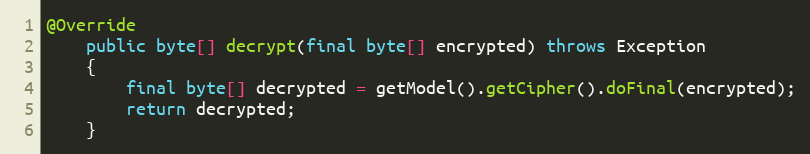
Language: Java
@Override
	public byte[] decrypt(final byte[] encrypted) throws Exception
	{
		final byte[] decrypted = getModel().getCipher().doFinal(encrypted);
		return decrypted;
	}